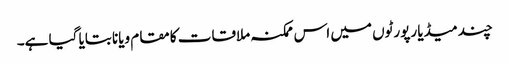
چند میڈیا رپورٹوں میں اس ممکنہ ملاقات کا مقام ویانا بتایا گیا ہے۔